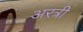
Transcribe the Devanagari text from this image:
अरत्री